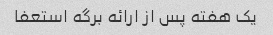
یک هفته پس از ارائه برگه استعفا